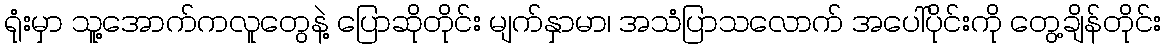
ရုံးမှာ သူ့အောက်ကလူတွေနဲ့ ပြောဆိုတိုင်း မျက်နှာမာ၊ အသံပြာသလောက် အပေါ်ပိုင်းကို တွေ့ချိန်တိုင်း